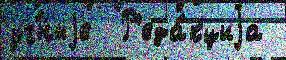
уч́ныjе  Р'еда́кциjа